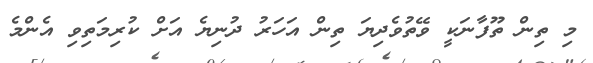
މި ތިން ތޫފާނަކީ ވޭތުވެދިޔަ ތިން އަހަރު ދުނިޔެ އަށް ކުރިމަތިވި އެންމެ